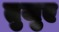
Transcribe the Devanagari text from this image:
तुजुए